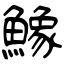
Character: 鱌